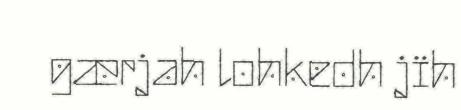
gærjah lohkedh jïh